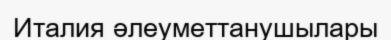
Италия әлеуметтанушылары